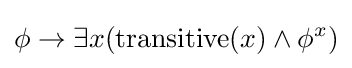
\phi \to \exists x({\text{transitive}}(x)\land \phi ^{x})